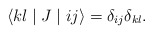
\begin{align*}\langle kl\mid J\mid ij\rangle =\delta_{ij}\delta_{kl}.\end{align*}